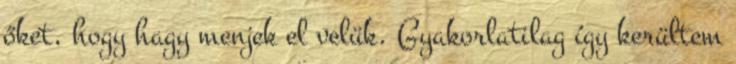
őket, hogy hagy menjek el velük. Gyakorlatilag így kerültem